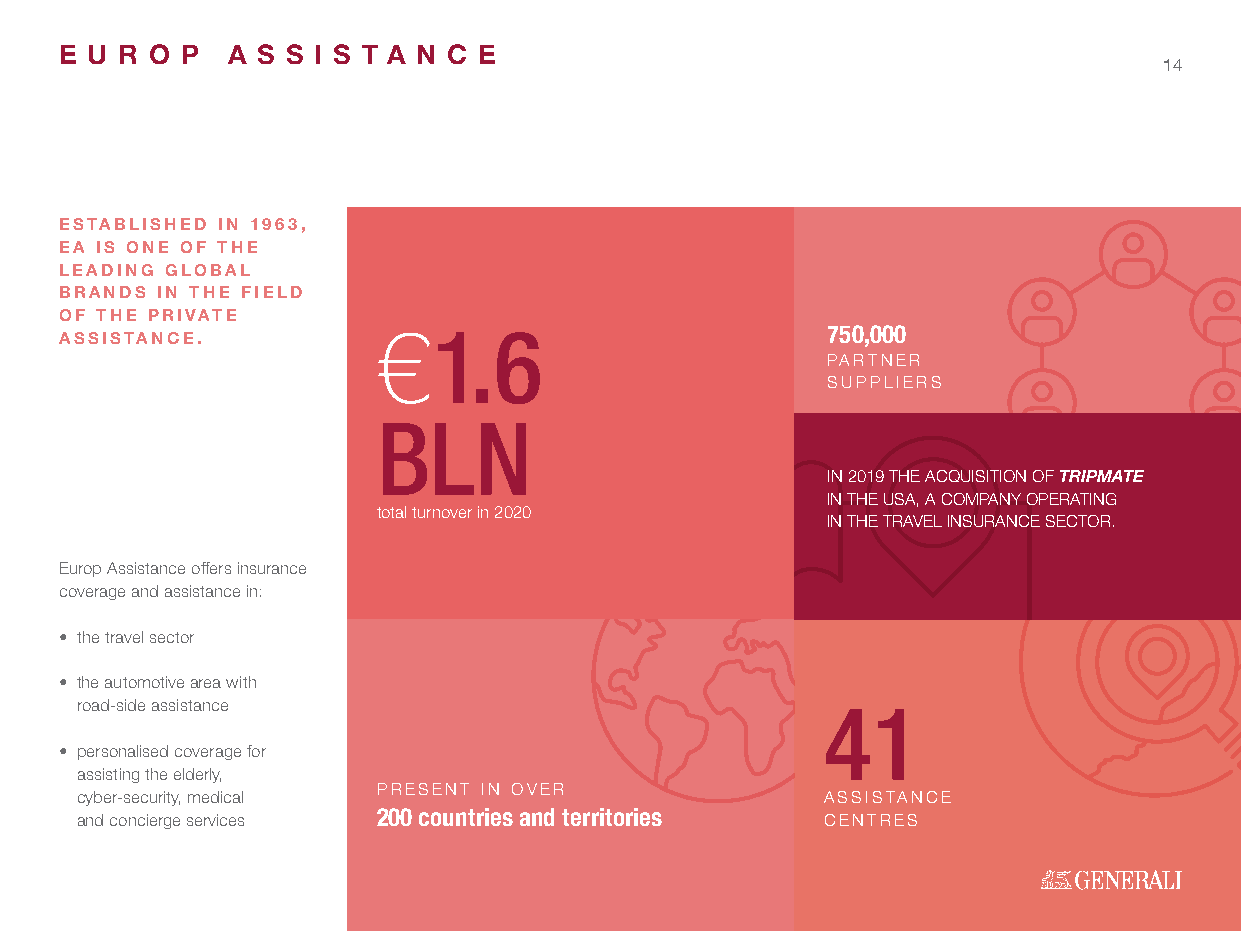
E U R O P  A S S I S T A N C E
 14
 ESTABLISHED IN 1963,
 EA IS ONE OF THE
 LEADING GLOBAL
 BRANDS IN THE FIELD
 OF THE PRIVATE
 €1.6                          750,000
 ASSISTANCE.
 PARTNER
 SUPPLIERS
 BLN
 IN 2019 THE ACQUISITION OF TRIPMATE
 IN THE USA, A COMPANY OPERATING
 total turnover in 2020
 IN THE TRAVEL INSURANCE SECTOR.
 Europ Assistance offers insurance
 coverage and assistance in:
 • the travel sector
 • the automotive area with
 road-side assistance                             41
 • personalised coverage for
 assisting the elderly,
 PRESENT IN OVER
 cyber-security, medical                          ASSISTANCE
 and concierge services 200 countries and territories CENTRES